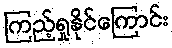
ကြည့်ရှုနိုင်ကြောင်း